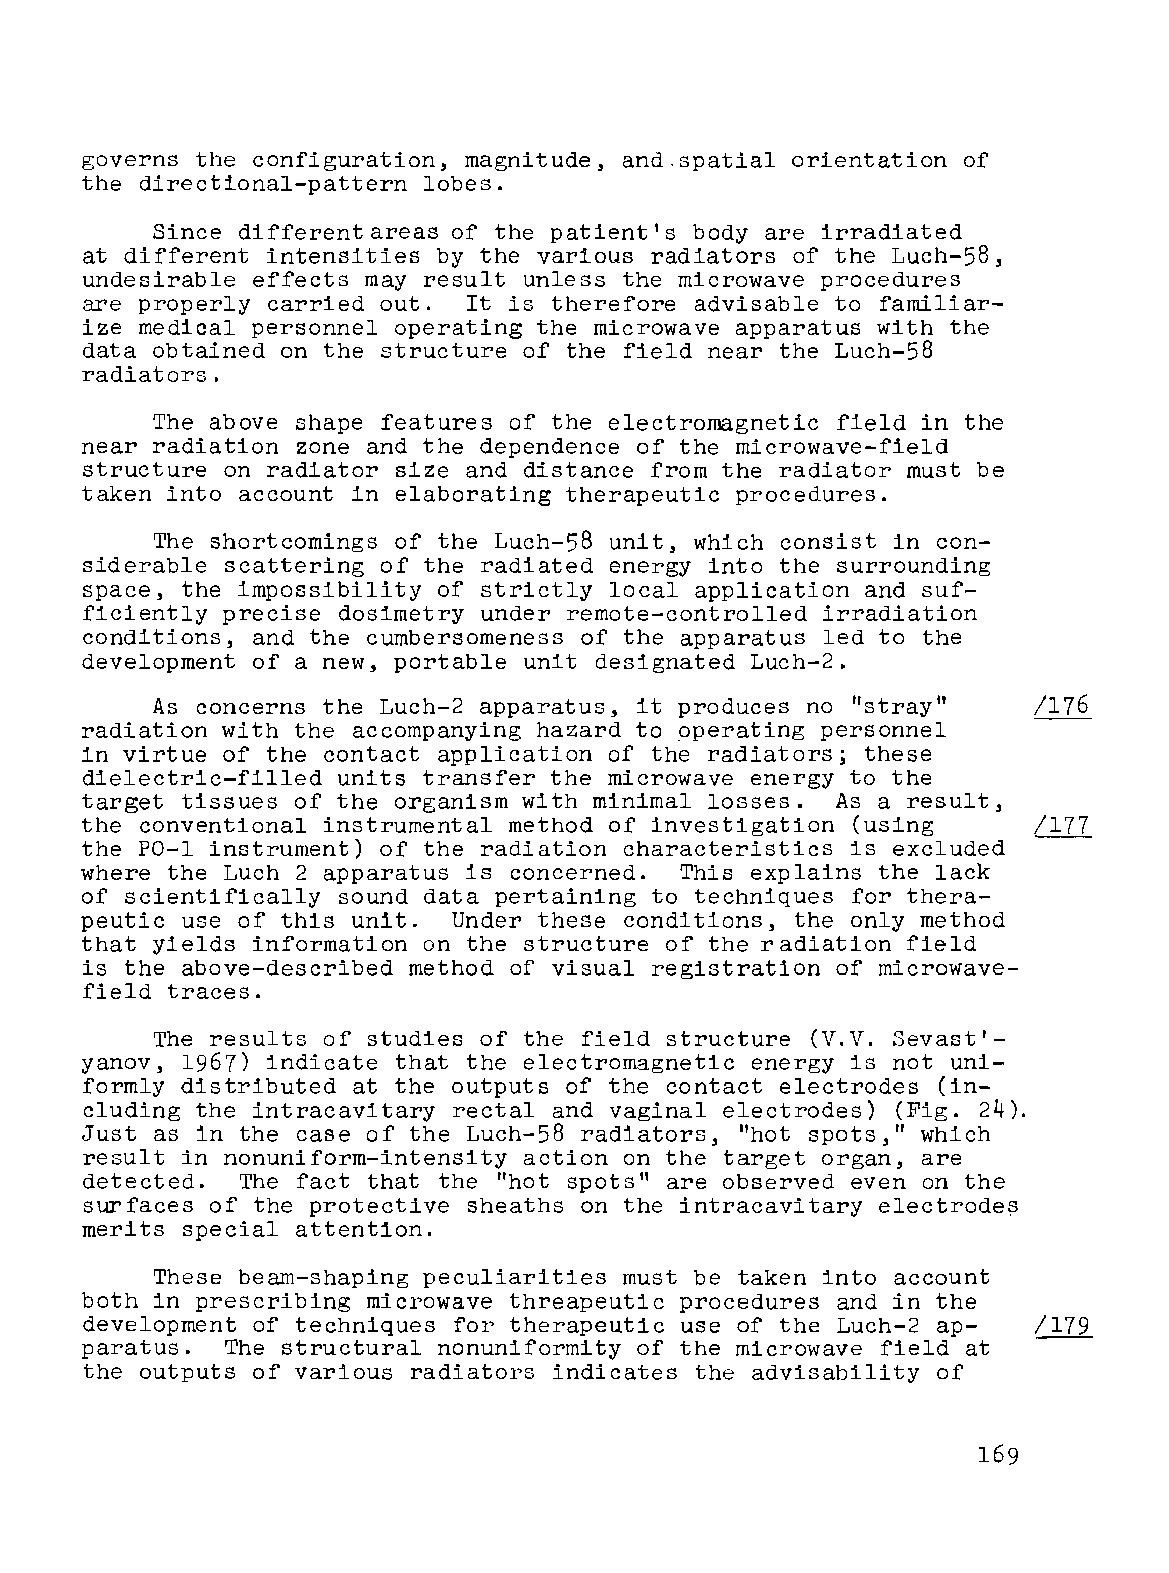
governs the configuration, magnitude, and.spatial orientation of
 the directional-pattern lobes.
 Since different areas of the patient's body are irradiated
 at different intensities by the various radiators of the Luch-58,
 undesirable effects may result unless the microwave procedures
 are properly carried out. It is therefore advisable to familiar
 ize medical personnel operating the microwave apparatus with the
 data obtained on the structure of the field near the Luch-58
 radiators.
 The above shape features of the electromagnetic field in the
 near radiation zone and the dependence of the microwave-field
 structure on radiator size and distance from the radiator must be
 taken into account in elaborating therapeutic procedures.
 The shortcomings of the Luch-58 unit, which consist in con
 siderable scattering of the radiated energy into the surrounding
 space, the impossibility of strictly local application and suf
 ficiently precise dosimetry under remote-controlled irradiation
 conditions, and the cumbersomeness of the apparatus led to the
 development of a new, portable unit designated Luch-2.
 As concerns the Luch-2 apparatus, it produces no "stray"   /176
 radiation with the accompanying hazard to operating personnel
 in virtue of the contact application of the radiators; these
 dielectric-filled units transfer the microwave energy to the
 target tissues of the organism with minimal losses. As a result,
 the conventional instrumental method of investigation (using    /177
 the PO-l instrument) of the radiation characteristics is excluded
 where the Luch 2 apparatus is concerned. This explains the lack
 of scientifically sound data pertaining to techniques for thera-
 peutic use of this unit. Under these conditions, the only method
 that yields information o.n the structure of the radiation field
 is the above-described method of visual registration of microwave
 field traces.
 The results of studies of the field structure (V.V. Sevast'
 yanov, 1967) indicate that the electromagnetic energy is not uni
 formly distributed at the outputs of the contact electrodes (in
 cluding the intracavitary rectal and vaginal electrodes) (Fig. 24).
 Just as in the case of the Luch-58 radiators, "hot spots," which
 result in nonuniform-intensity action on the target organ, are
 detected.  The fact that the "hot spots" are observed even on the
 surfaces of the protective sheaths on the intracavitary electrodes
 merits special attention.
 The'se beam-shaping peculiarities must be taken into account
 both in prescribing microwave threapeutic procedures and in the
 development of techniques for therapeutic use of the Luch-2 ap
 paratus.  The structural nonuniformity of the microwave field at
 the outputs of various radiators indicates the advisability of
 169